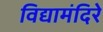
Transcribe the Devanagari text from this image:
विद्यामंदिरे